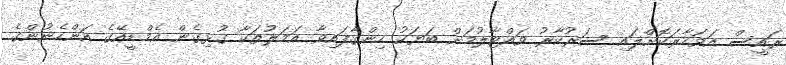
ރައީސް އަވަހާރަކޮށްލައި ސަރުކާރު ވައްޓާލުމަށް ބަޔަކު ހިންގާފައިވާ އަަމަލުތަކާ ގުޅިގެން އެމްޑީއޭގެ އަންހެނުންގެ